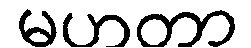
မဟတာ